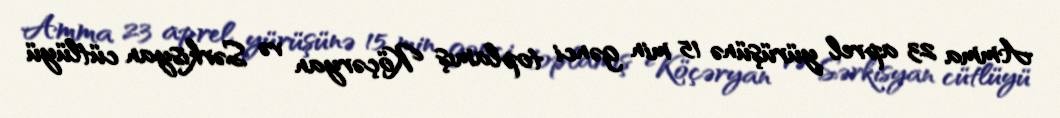
Amma 23 aprel yürüşünə 15 min gənci toplamış Köçəryan və Sərkisyan cütlüyü